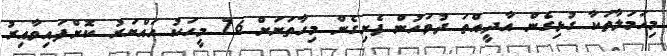
މިހަމަލާތަކާ ގުޅިގެން އާދީއްތަ ދުވަހުން ފެށިގެން މިހާތަނަށް 76 މީހަކު ހައްޔަރު ކޮށްފައިވާއިރު